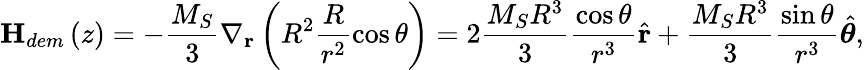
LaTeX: \textbf{H}_{dem}\left(z\right)=-\frac{M_{S}}{3}\nabla_{\textbf{r}}\left(R^{2}\frac{R}{r^{2}}\cos\theta\right)=2\frac{M_{S}R^{3}}{3}\frac{\cos\theta}{r^{3}}\hat{\mathbf{r}}+\frac{M_{S}R^{3}}{3}\frac{\sin\theta}{r^{3}}\hat{\boldsymbol{\theta}},